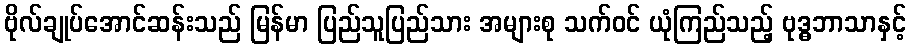
ဗိုလ်ချုပ်အောင်ဆန်းသည် မြန်မာ ပြည်သူပြည်သား အများစု သက်ဝင် ယုံကြည်သည့် ဗုဒ္ဓဘာသာနှင့်